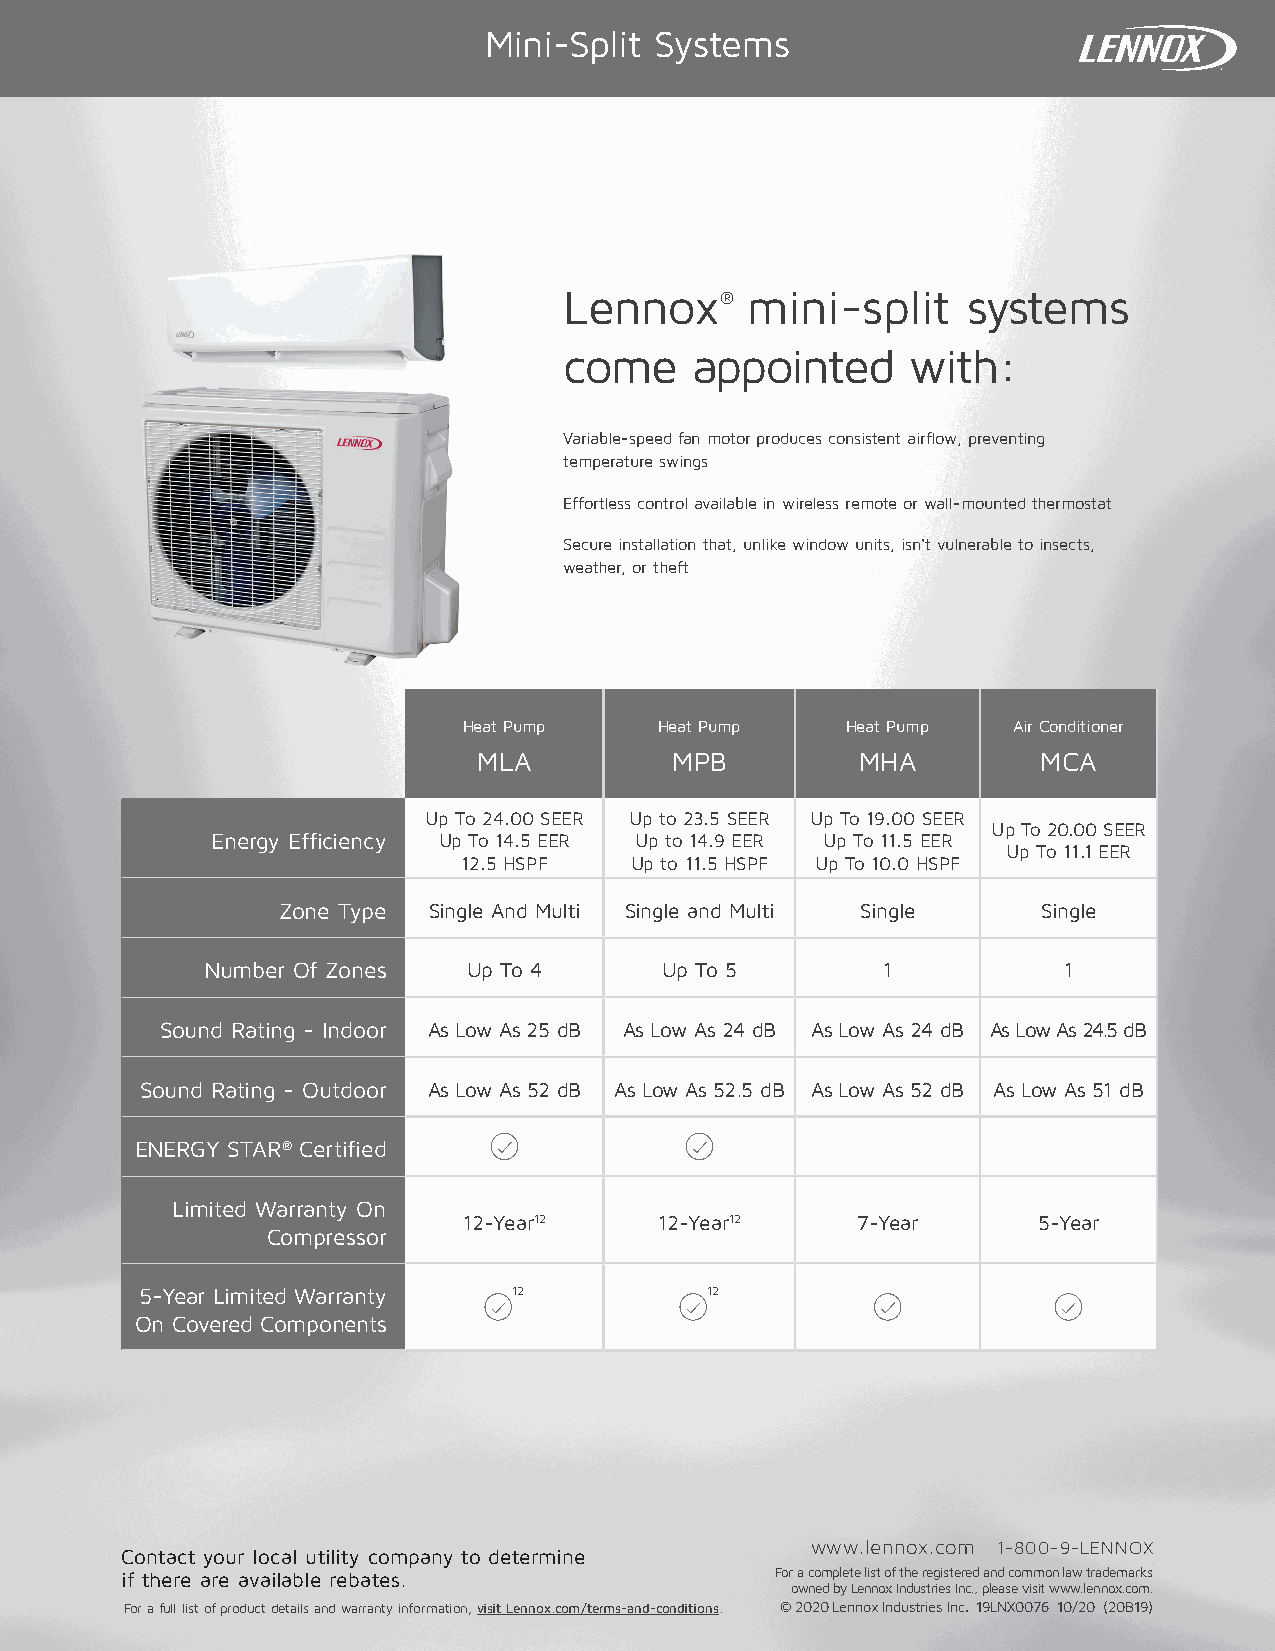
Mini-Split Systems
 Lennox®     mini-split     systems
 come     appointed     with:
 Variable-speed fan motor produces consistent airflow, preventing
 temperature swings
 Effortless control available in wireless remote or wall-mounted thermostat
 Secure installation that, unlike window units, isn't vulnerable to insects,
 weather, or theft
 Heat Pump    Heat Pump   Heat Pump  Air Conditioner
 MLA          MPB         MHA         MCA
 Up To 24.00 SEER Up to 23.5 SEER Up To 19.00 SEER
 Up To 20.00 SEER
 Energy Efficiency Up To 14.5 EER Up to 14.9 EER Up To 11.5 EER
 Up To 11.1 EER
 12.5 HSPF  Up to 11.5 HSPF Up To 10.0 HSPF
 Zone Type Single And Multi Single and Multi Single Single
 Number Of Zones  Up To 4      Up To 5       1           1
 Sound Rating - Indoor As Low As 25 dB As Low As 24 dB As Low As 24 dB As Low As 24.5 dB
 Sound Rating - Outdoor As Low As 52 dB As Low As 52.5 dB As Low As 52 dB As Low As 51 dB
 ENERGY STAR® Certified
 Limited Warranty On
 12-Year12    12-Year12    7-Year      5-Year
 Compressor
 5-Year Limited Warranty  12           12
 On Covered Components
 www.lennox.com 1-800-9-LENNOX
 Contact your local utility company to determine
 if there are available rebates.            For a complete list of the registered and common law trademarks
 owned by Lennox Industries Inc., please visit www.lennox.com.
 For a full list of product details and warranty information, visit Lennox.com/terms-and-conditions. © 2020 Lennox Industries Inc. 19LNX0076 10/20 (20B19)